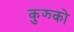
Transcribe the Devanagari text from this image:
कुझ्को